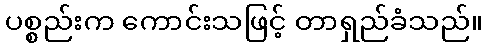
ပစ္စည်းက ကောင်းသဖြင့် တာရှည်ခံသည်။